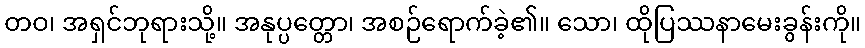
တဝ၊ အရှင်ဘုရားသို့။ အနုပ္ပတ္တော၊ အစဉ်ရောက်ခဲ့၏။ သော၊ ထိုပြဿနာမေးခွန်းကို။